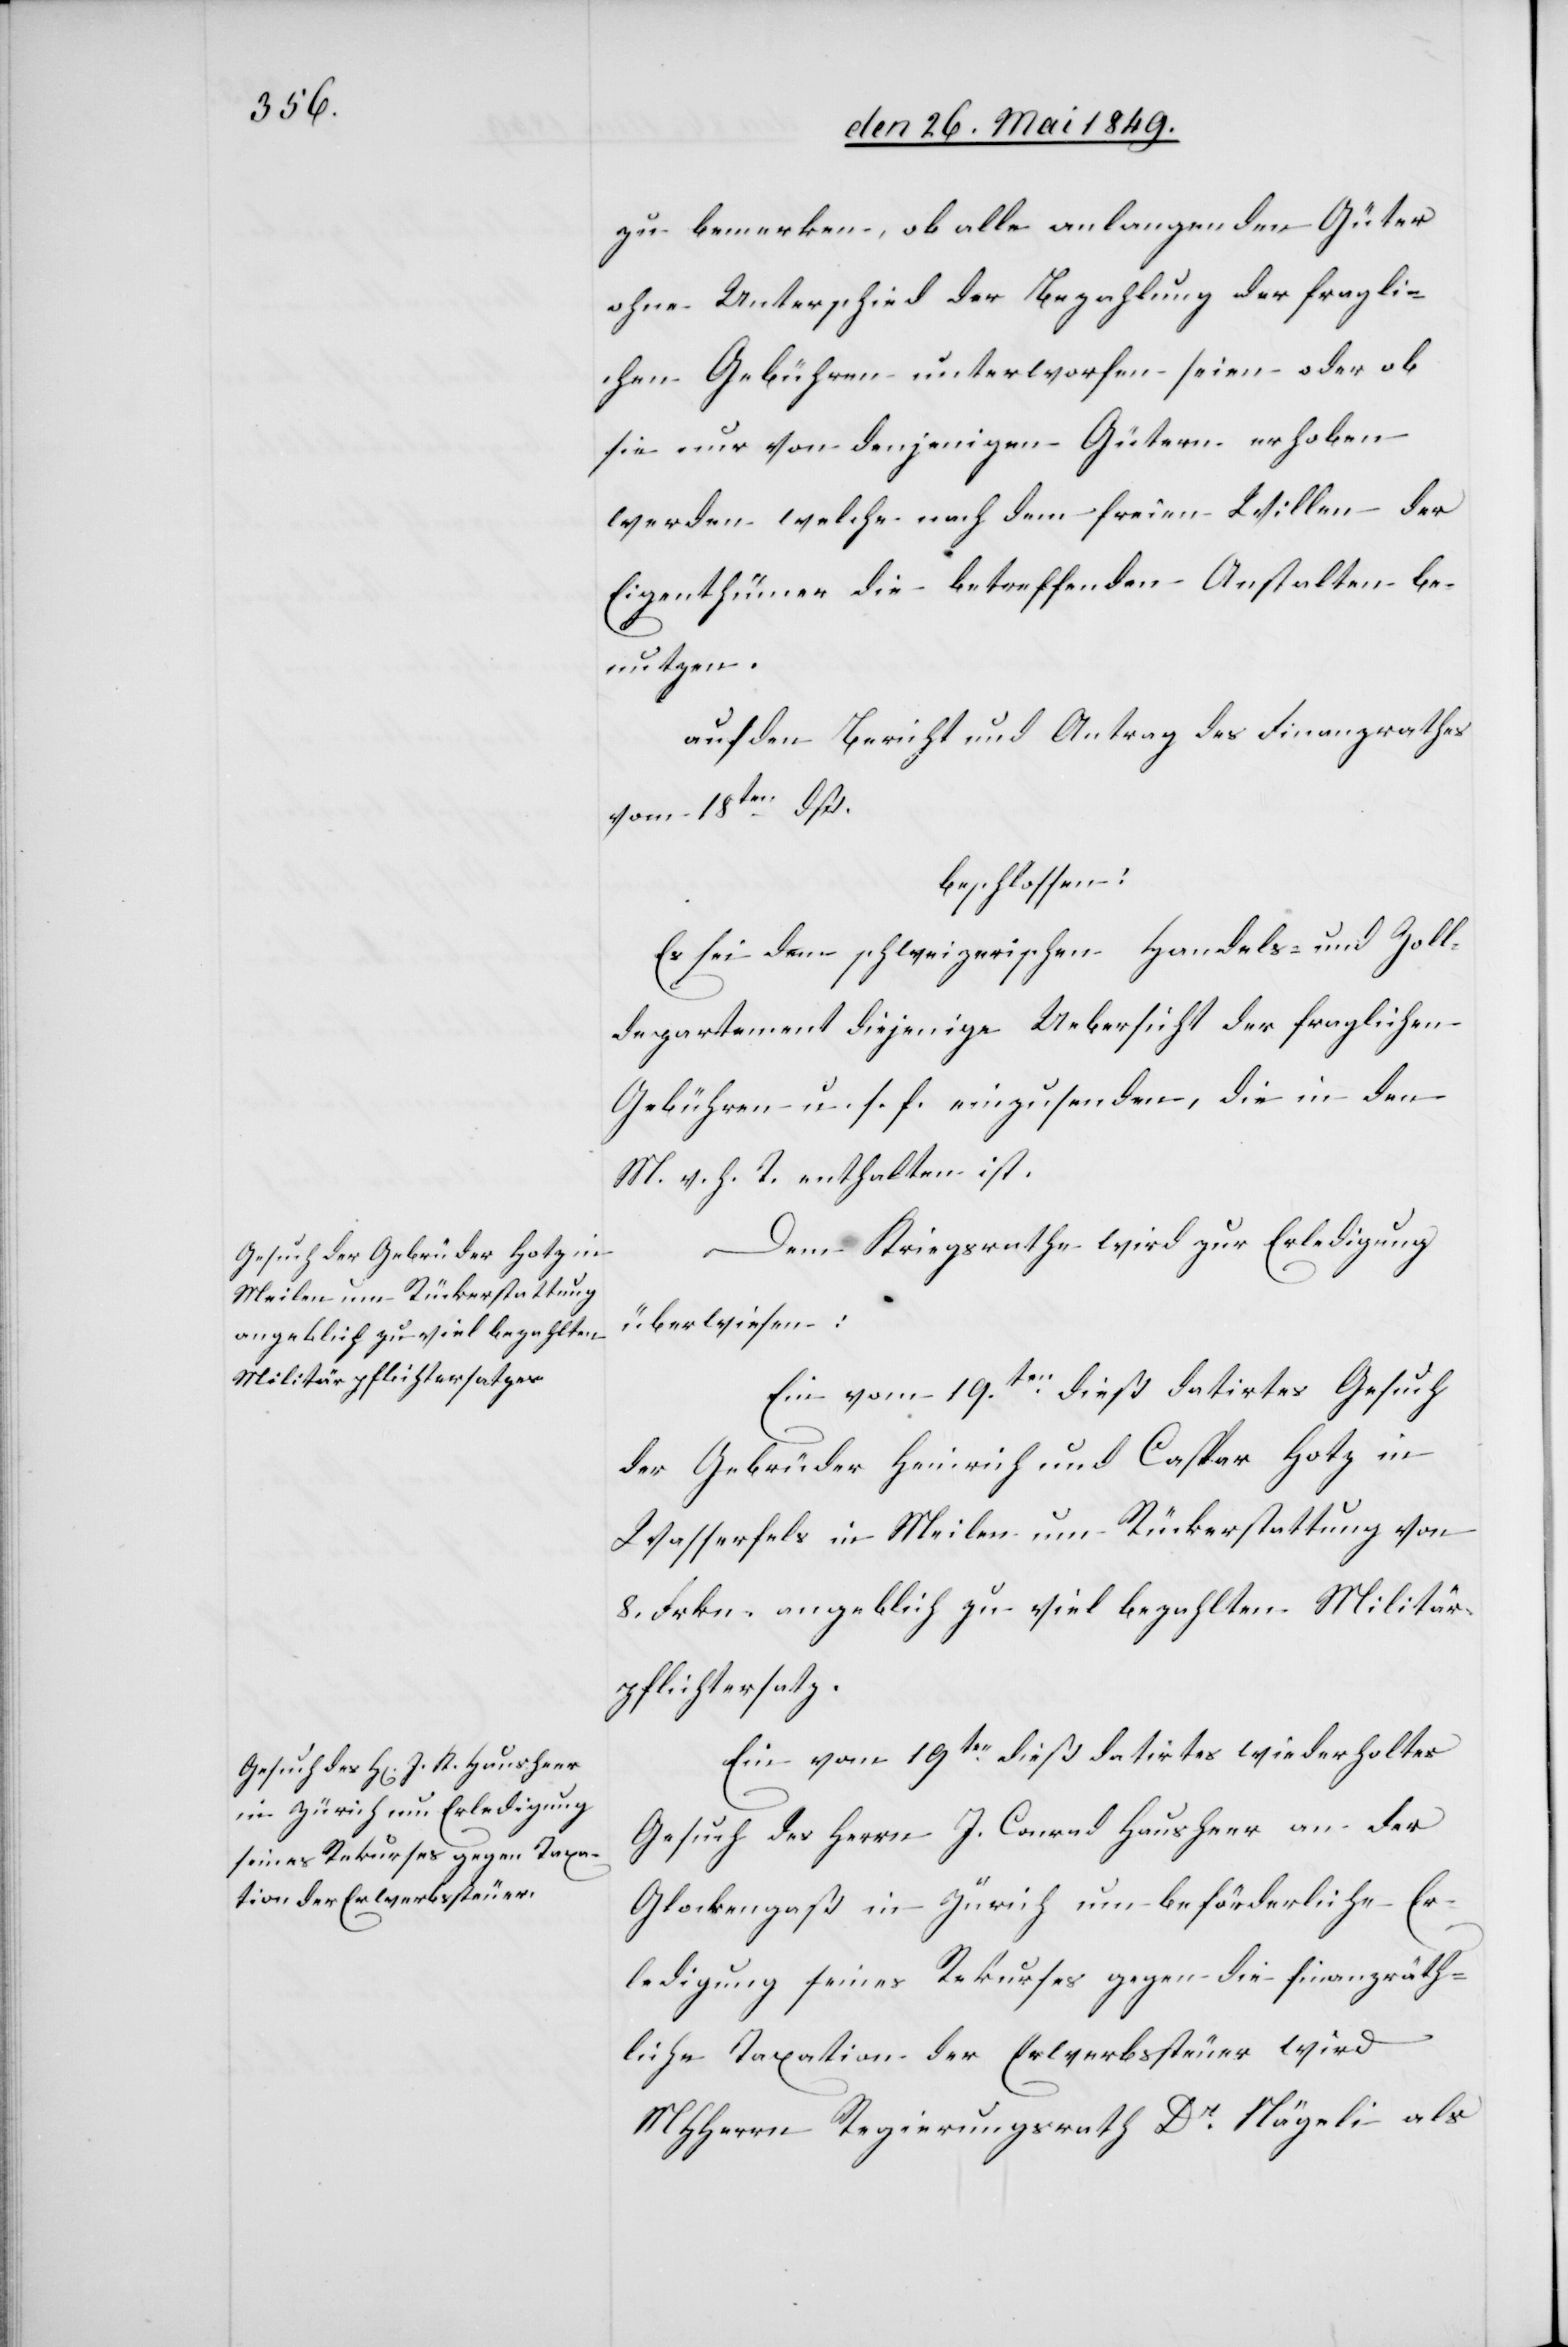
zu bemerken, ob alle anlangenden Güter
ohne Unterschied der Bezahlung der fragli¬
chen Gebühren unterworfen seien oder ob
sie nur von denjenigen Gütern erhoben
werden welche nach dem freien Willen der
Eigenthümer die betreffenden Anstalten be¬
nutzen.
auf den Bericht und Antrag des Finanzrathes
vom 18ten dß.
beschlossen:
Es sei dem schweizerischen Handels- und Zoll¬
departement diejenige Uebersicht der fraglichen
Gebühren u. s. f. einzusenden, die in den
M. v. h. T. enthalten ist.
Dem Kriegsrathe wird zur Erledigung
überwiesen:
Ein vom 19ten dieß datirtes Gesuch
der Gebrüder Heinrich und Caspar Hotz in
Wasserfels in Meilen um Rückerstattung von
8. Frkn. angeblich zu viel bezahlten Militär¬
pflichtersatz.
Ein vom 19ten dieß datirtes wiederholtes
Gesuch des Herrn J. Conrad Hausheer an der
Glockengaß in Zürich um beförderliche Er¬
ledigung seines Rekurses gegen die finanzräth¬
liche Taxation der Erwerbssteuer wird
MHHerrn Regierungsrath Dr Nägeli als